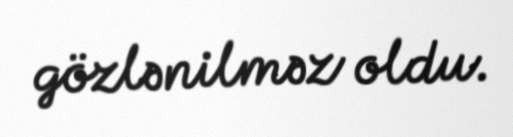
gözlənilməz oldu.